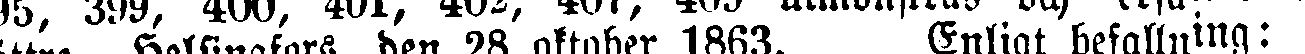
bättre. Helsingfors, den 28 oktober 1863. Enligt befallning: